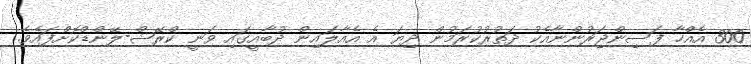
300 އެއްހާ ފަސިންޖަރުންނާއެކު ދަތުރުކުރަމުން ދިޔަ އެ އެއާލައިން ދުބާއީގައި ވަނީ ކްރޭޝް-ލޭންޑްކޮށްފައެވެ.